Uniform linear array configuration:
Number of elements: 24
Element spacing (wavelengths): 1
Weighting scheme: blackman
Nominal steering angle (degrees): -30
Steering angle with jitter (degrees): -30.136
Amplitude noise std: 0.05
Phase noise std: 0.05

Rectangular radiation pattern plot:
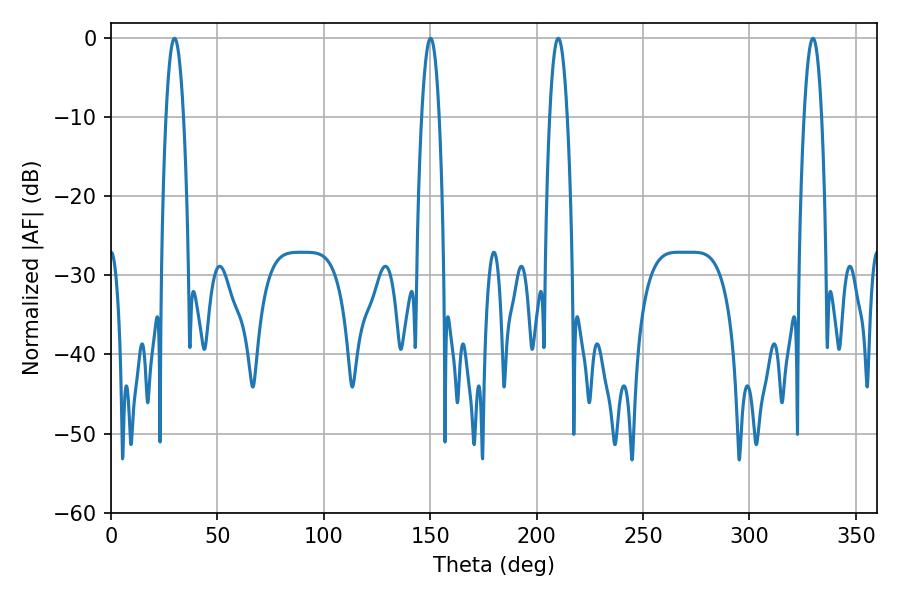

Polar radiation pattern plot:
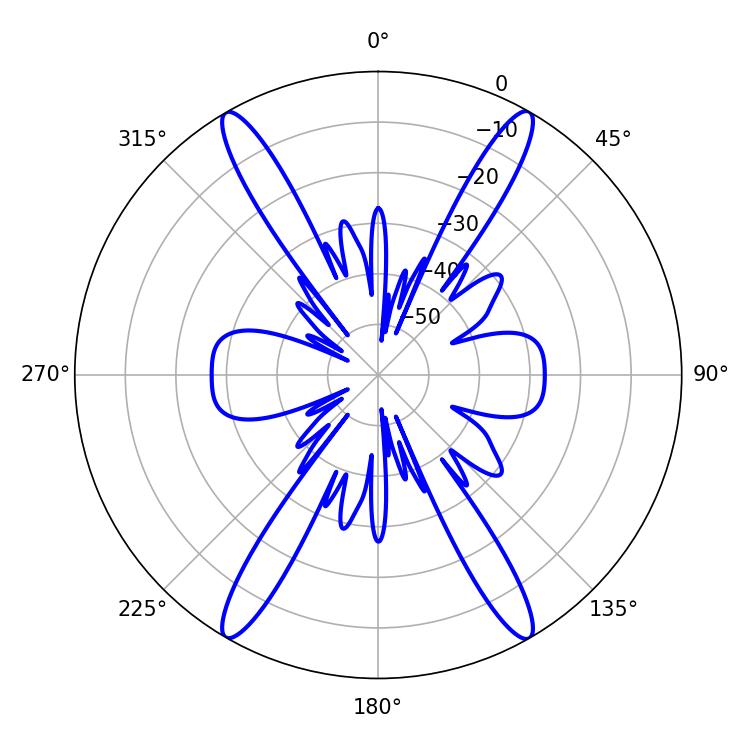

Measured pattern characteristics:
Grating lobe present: TRUE
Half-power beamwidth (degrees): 4.5
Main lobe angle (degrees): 29.88